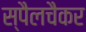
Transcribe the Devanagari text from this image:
स्पैलचैकर